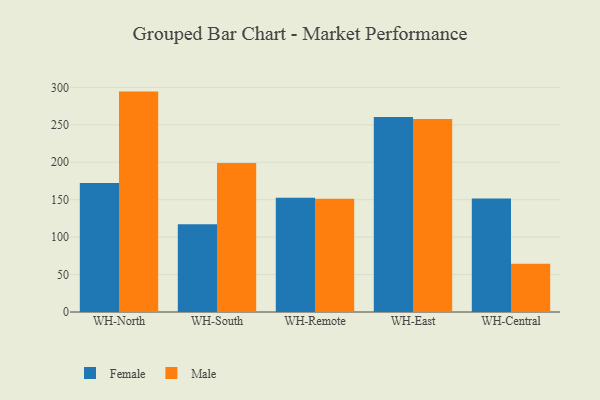
{"axis": {"x": "Warehouse", "y": "Conversion Rate (%)"}, "legend": ["Female", "Male"], "data": [{"x": "WH-North", "y": 172.2, "type": "Female"}, {"x": "WH-North", "y": 294.4, "type": "Male"}, {"x": "WH-South", "y": 117.1, "type": "Female"}, {"x": "WH-South", "y": 198.9, "type": "Male"}, {"x": "WH-Remote", "y": 152.5, "type": "Female"}, {"x": "WH-Remote", "y": 151.2, "type": "Male"}, {"x": "WH-East", "y": 260.4, "type": "Female"}, {"x": "WH-East", "y": 257.9, "type": "Male"}, {"x": "WH-Central", "y": 151.6, "type": "Female"}, {"x": "WH-Central", "y": 64.5, "type": "Male"}]}